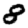
Digit: 8